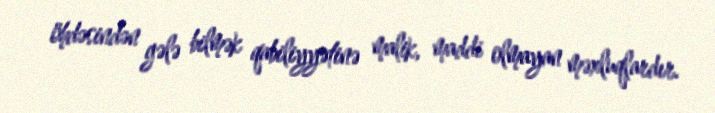
öhdəsindən gələ bilmək qabiliyyətinə malik, maddi olmayan məxluqlardır.